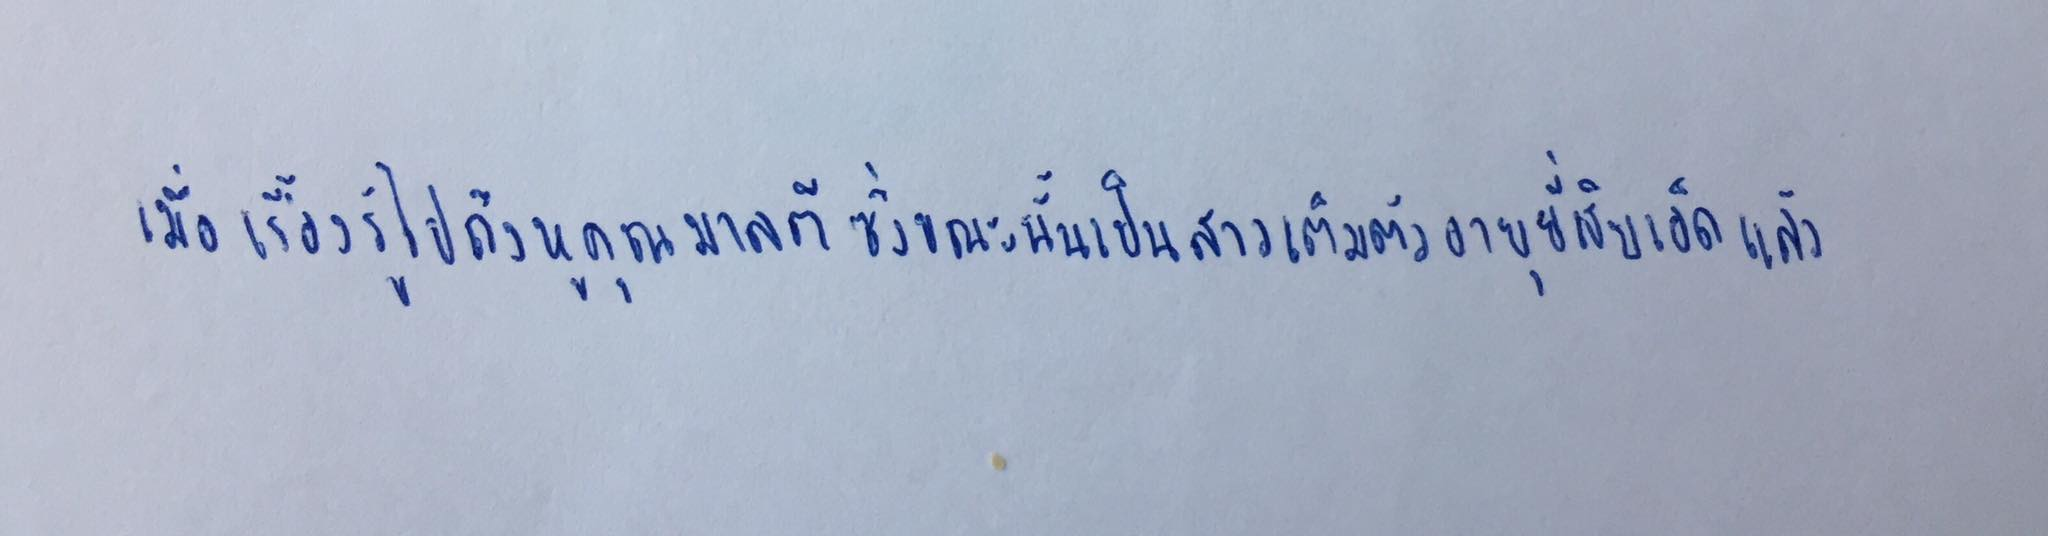
เมื่อเรื่องรู้ไปถึงหูคุณมาลตีซึ่งขณะนั้นเป็นสาวเต็มตัวอายุยี่สิบเอ็ดแล้ว